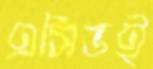
এসিডই